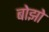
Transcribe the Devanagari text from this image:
बोझो